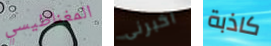
المغناطيسي اخبرنى كاذبة